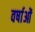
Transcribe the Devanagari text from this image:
वर्षाओं